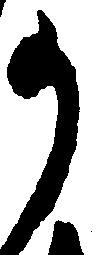
か